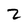
Character: 2